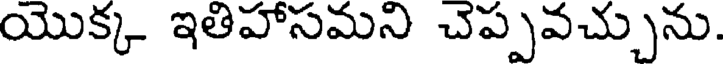
యొక్క ఇతిహాసమని చెప్పవచ్చును.